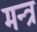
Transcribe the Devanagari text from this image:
मन्‍त्र